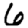
Digit: 6